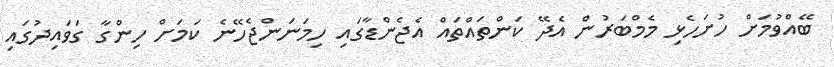
ބޭއްވުމަށް ހުށަހެޅި މެމްބަރުން އެދޭ ކަންތައްތައް އެޖެންޑާގައި ހިމަނަންޖެހޭނެ ކަމަށް ހިންގާ ގަވައިދުގައި